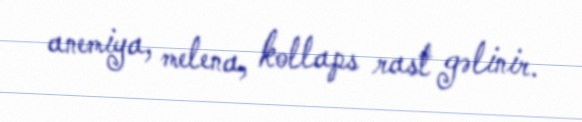
anemiya, melena, kollaps rast gəlinir.